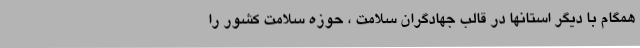
همگام با دیگر استانها در قالب جهادگران سلامت ، حوزه سلامت کشور را